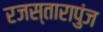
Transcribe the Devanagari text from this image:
रजस्तारापुंज